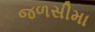
જળસીમા